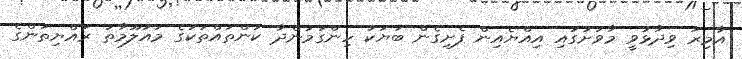
އާމިރު ވިދާޅުވީ މާވަށުގައި އިއްޔެއިން ފެށިގެން ބަޔަކު ހިންގަމުންދާ ކަންތައްތަކުގެ މައުލޫމާތު ރައްޔިތުންގެ